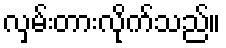
လှမ်းတားလိုက်သည်။